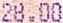
28.00